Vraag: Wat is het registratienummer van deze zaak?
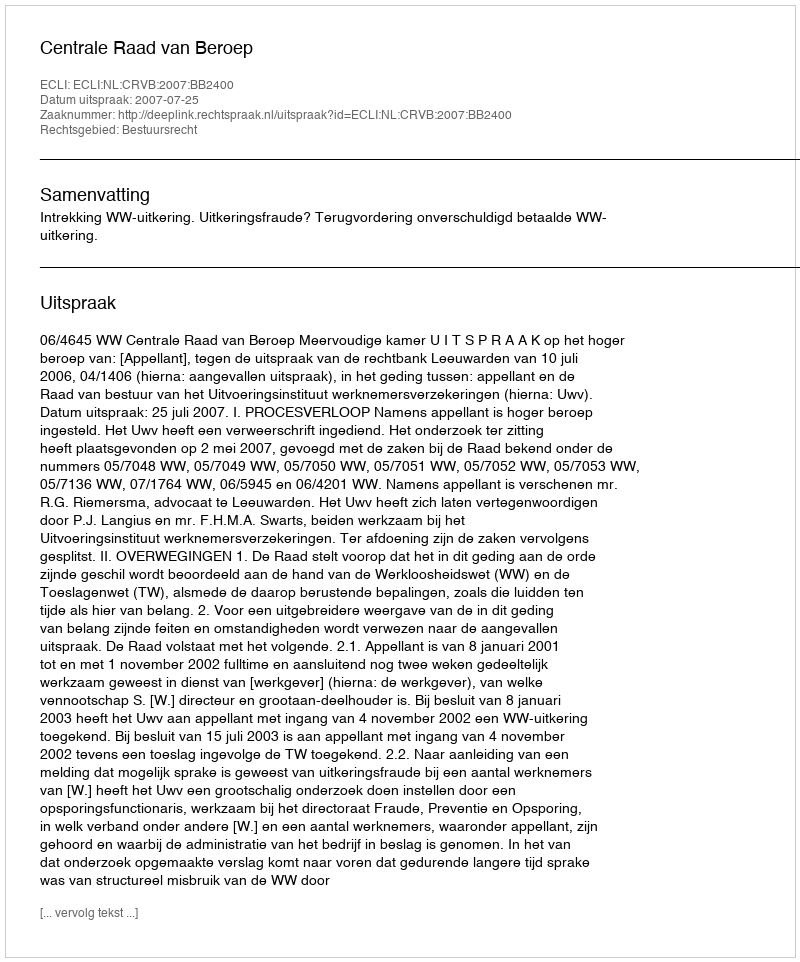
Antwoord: http://deeplink.rechtspraak.nl/uitspraak?id=ECLI:NL:CRVB:2007:BB2400